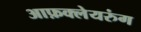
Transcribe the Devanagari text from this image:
आफ़क्लेयरुंग